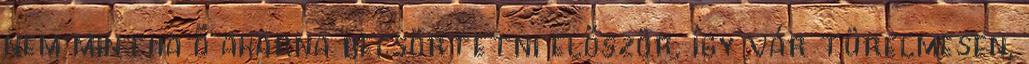
nem mintha ő akarna becsörtetni először, így vár türelmesen,